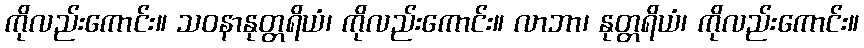
ကိုလည်းကောင်း။ သဝနာနုတ္တရိယံ၊ ကိုလည်းကောင်း။ လာဘာ၊ နုတ္တရိယံ၊ ကိုလည်းကောင်း။